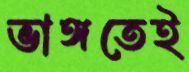
ভাঙ্গতেই